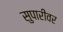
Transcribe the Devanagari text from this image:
सुपारीवर